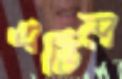
এভিল